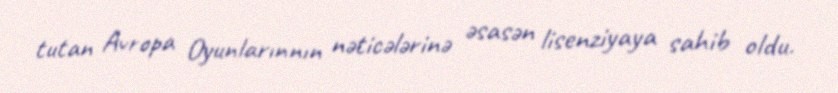
tutan Avropa Oyunlarınnın nəticələrinə əsasən lisenziyaya sahib oldu.